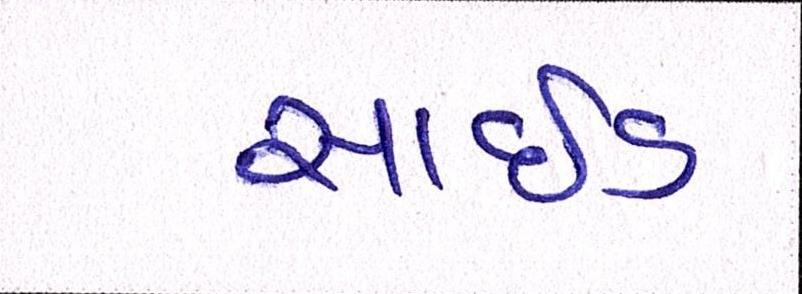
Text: સાઈડ